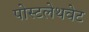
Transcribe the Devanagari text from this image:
पोस्टलेथवेट